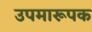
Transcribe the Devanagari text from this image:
उपमारूपक